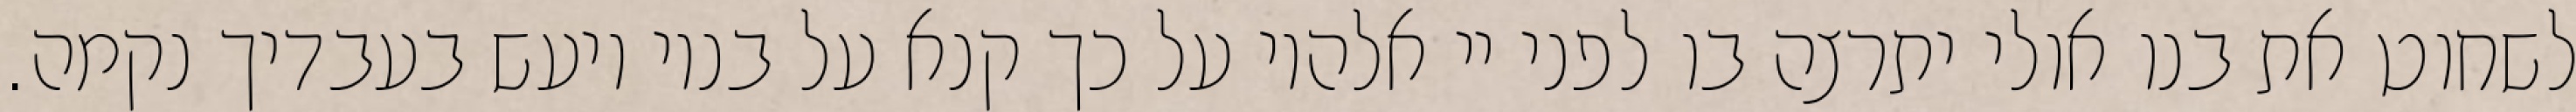
לשחוט את בנו אולי יתרצה בו לפני יי אלהיו על כך קנא על בניו ויעש בעבדיך נקמה.